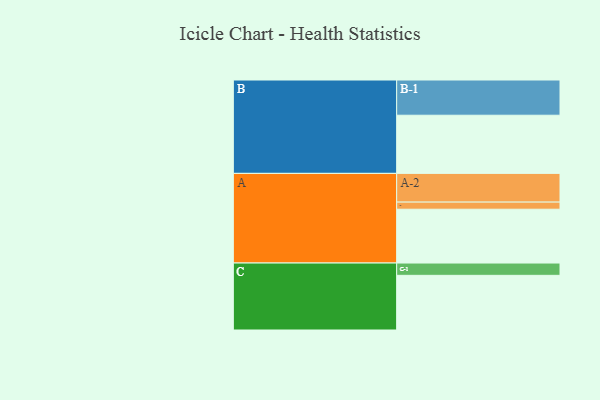
{"axis": {"x": "Segment", "y": "Value"}, "legend": ["", "A", "B", "C"], "data": [{"x": "A", "y": 446, "type": ""}, {"x": "B", "y": 482, "type": ""}, {"x": "C", "y": 453, "type": ""}, {"x": "A-1", "y": 59, "type": "A"}, {"x": "A-2", "y": 238, "type": "A"}, {"x": "B-1", "y": 292, "type": "B"}, {"x": "C-1", "y": 102, "type": "C"}]}